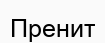
Пренит